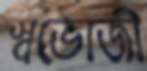
স্বভোজী